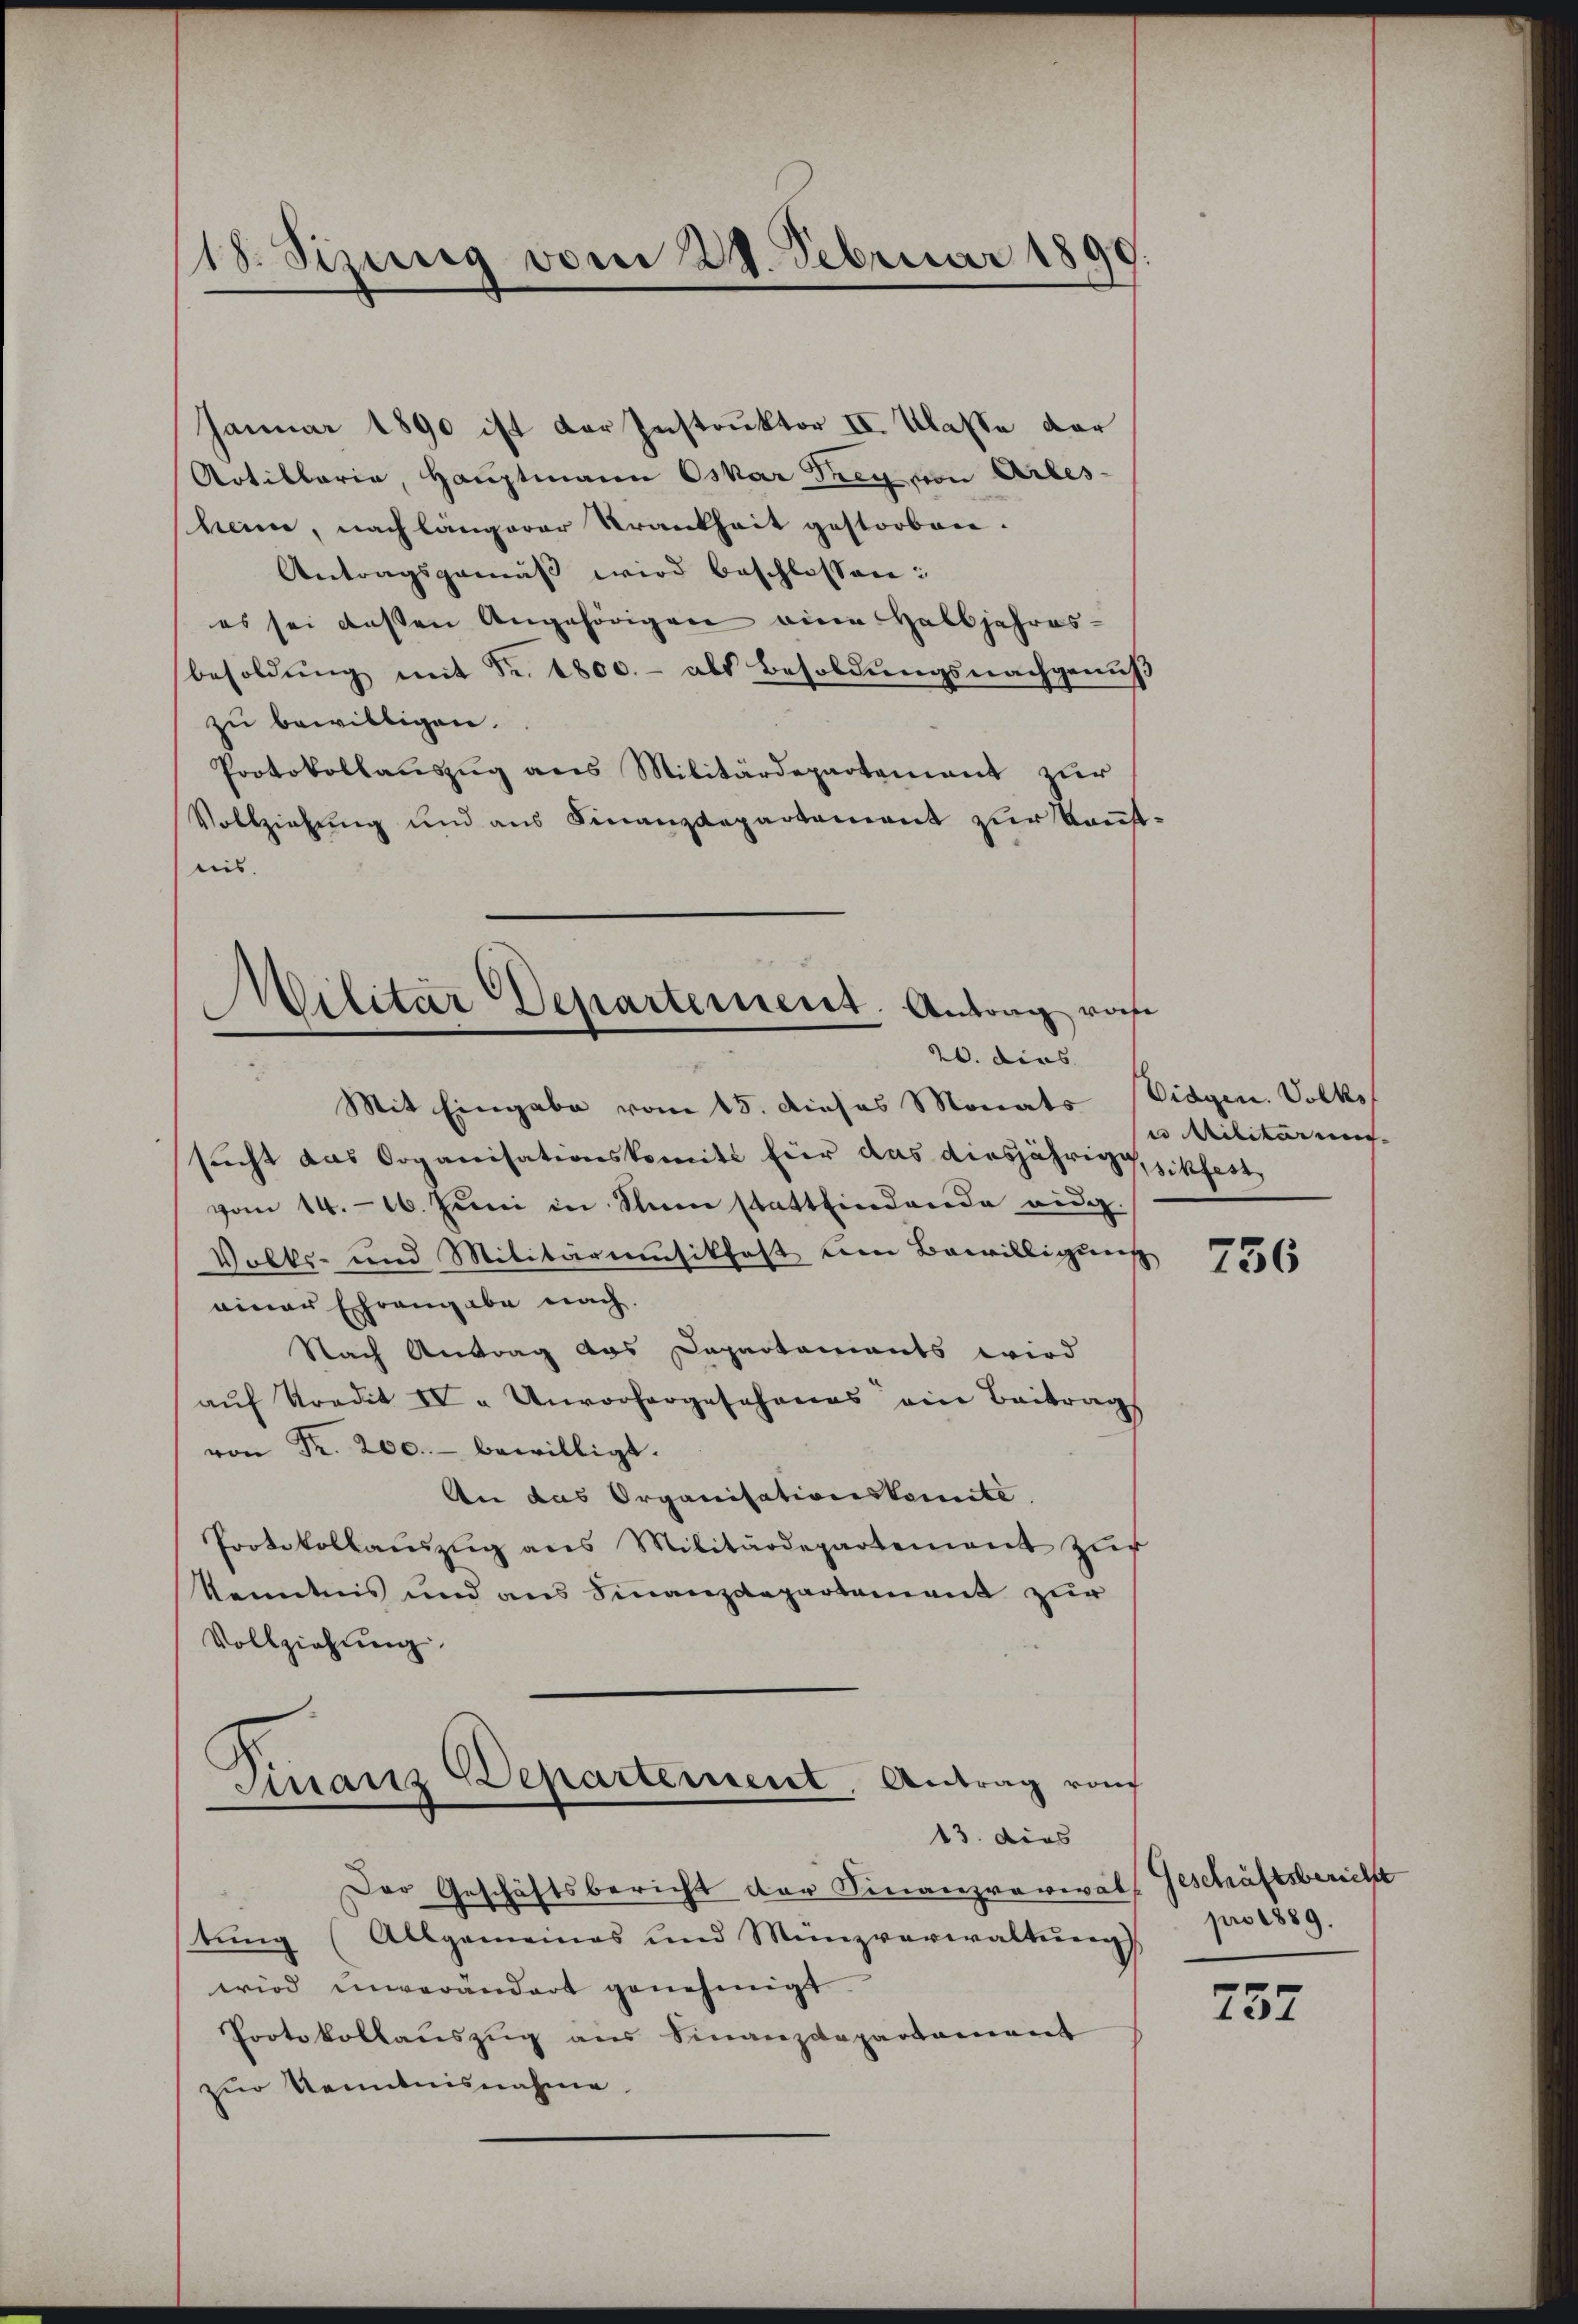
18. Sizung vom 29. Februar 1890

Januar 1890 ist der Instruktor II. Klasse dar
Artillaria, Hauptmann Oskar Drey von Arles
heim, nach längerer Krankheit gestorben.
Antragsgemäß wird beschlossen:
es sei dessen Angehörigen eine Halbjahres-
besoldŭng mit Fr. 1800.- als Besoldungsnachgenuß
zu bewilligen.
Protokollauszug aus Militärdepartement zur
Vollziehung und aus Finanzdepartement zur Kenntnis.

Militar Departement. Antrag vo
20. dies

Mit Eingabe vom 15. dieses Monats Eidgen. Volks
sucht das Organisationskomite für das diesjährig, zikfest
vom 14. 16. Juni in Thun stattfindende eidg.
Volks- und Militärmusikfast um Bewilligung
einer Ehrengabe nach.
Nach Antrag das Dapartements wird
aŭf Kredit IV " Unvorhergesehenes eine Beitrags
von Fr. 200. bewilligt.
An das Organisationskomite
Protokollanzŭg ans Militärdepartement zŭr
Kenntnis und aus Finanzdepartement zur
Vollziehung

Finanz Departement. Antrag von
13. dies

Der Geschäftsbericht der Finanzraviral Geschäftsbericht
tŭng (Allgemeines und Münzverwaltŭng pro 1889.
wird unverändert genehmigt.
Protokollaŭszŭg aŭs Finanzdepartament
zur Kenntnisnahme

i Militaren.

756

757